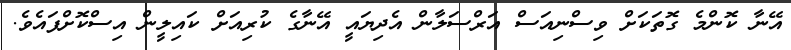
އޭނާ ކޮންމެ ގޮތަކަށް ވިސްނިއަސް އަރްސަލާން އެދިޔައީ އޭނާގެ ކުރިއަށް ކައިލީން އިސްކޮށްފައެވެ.